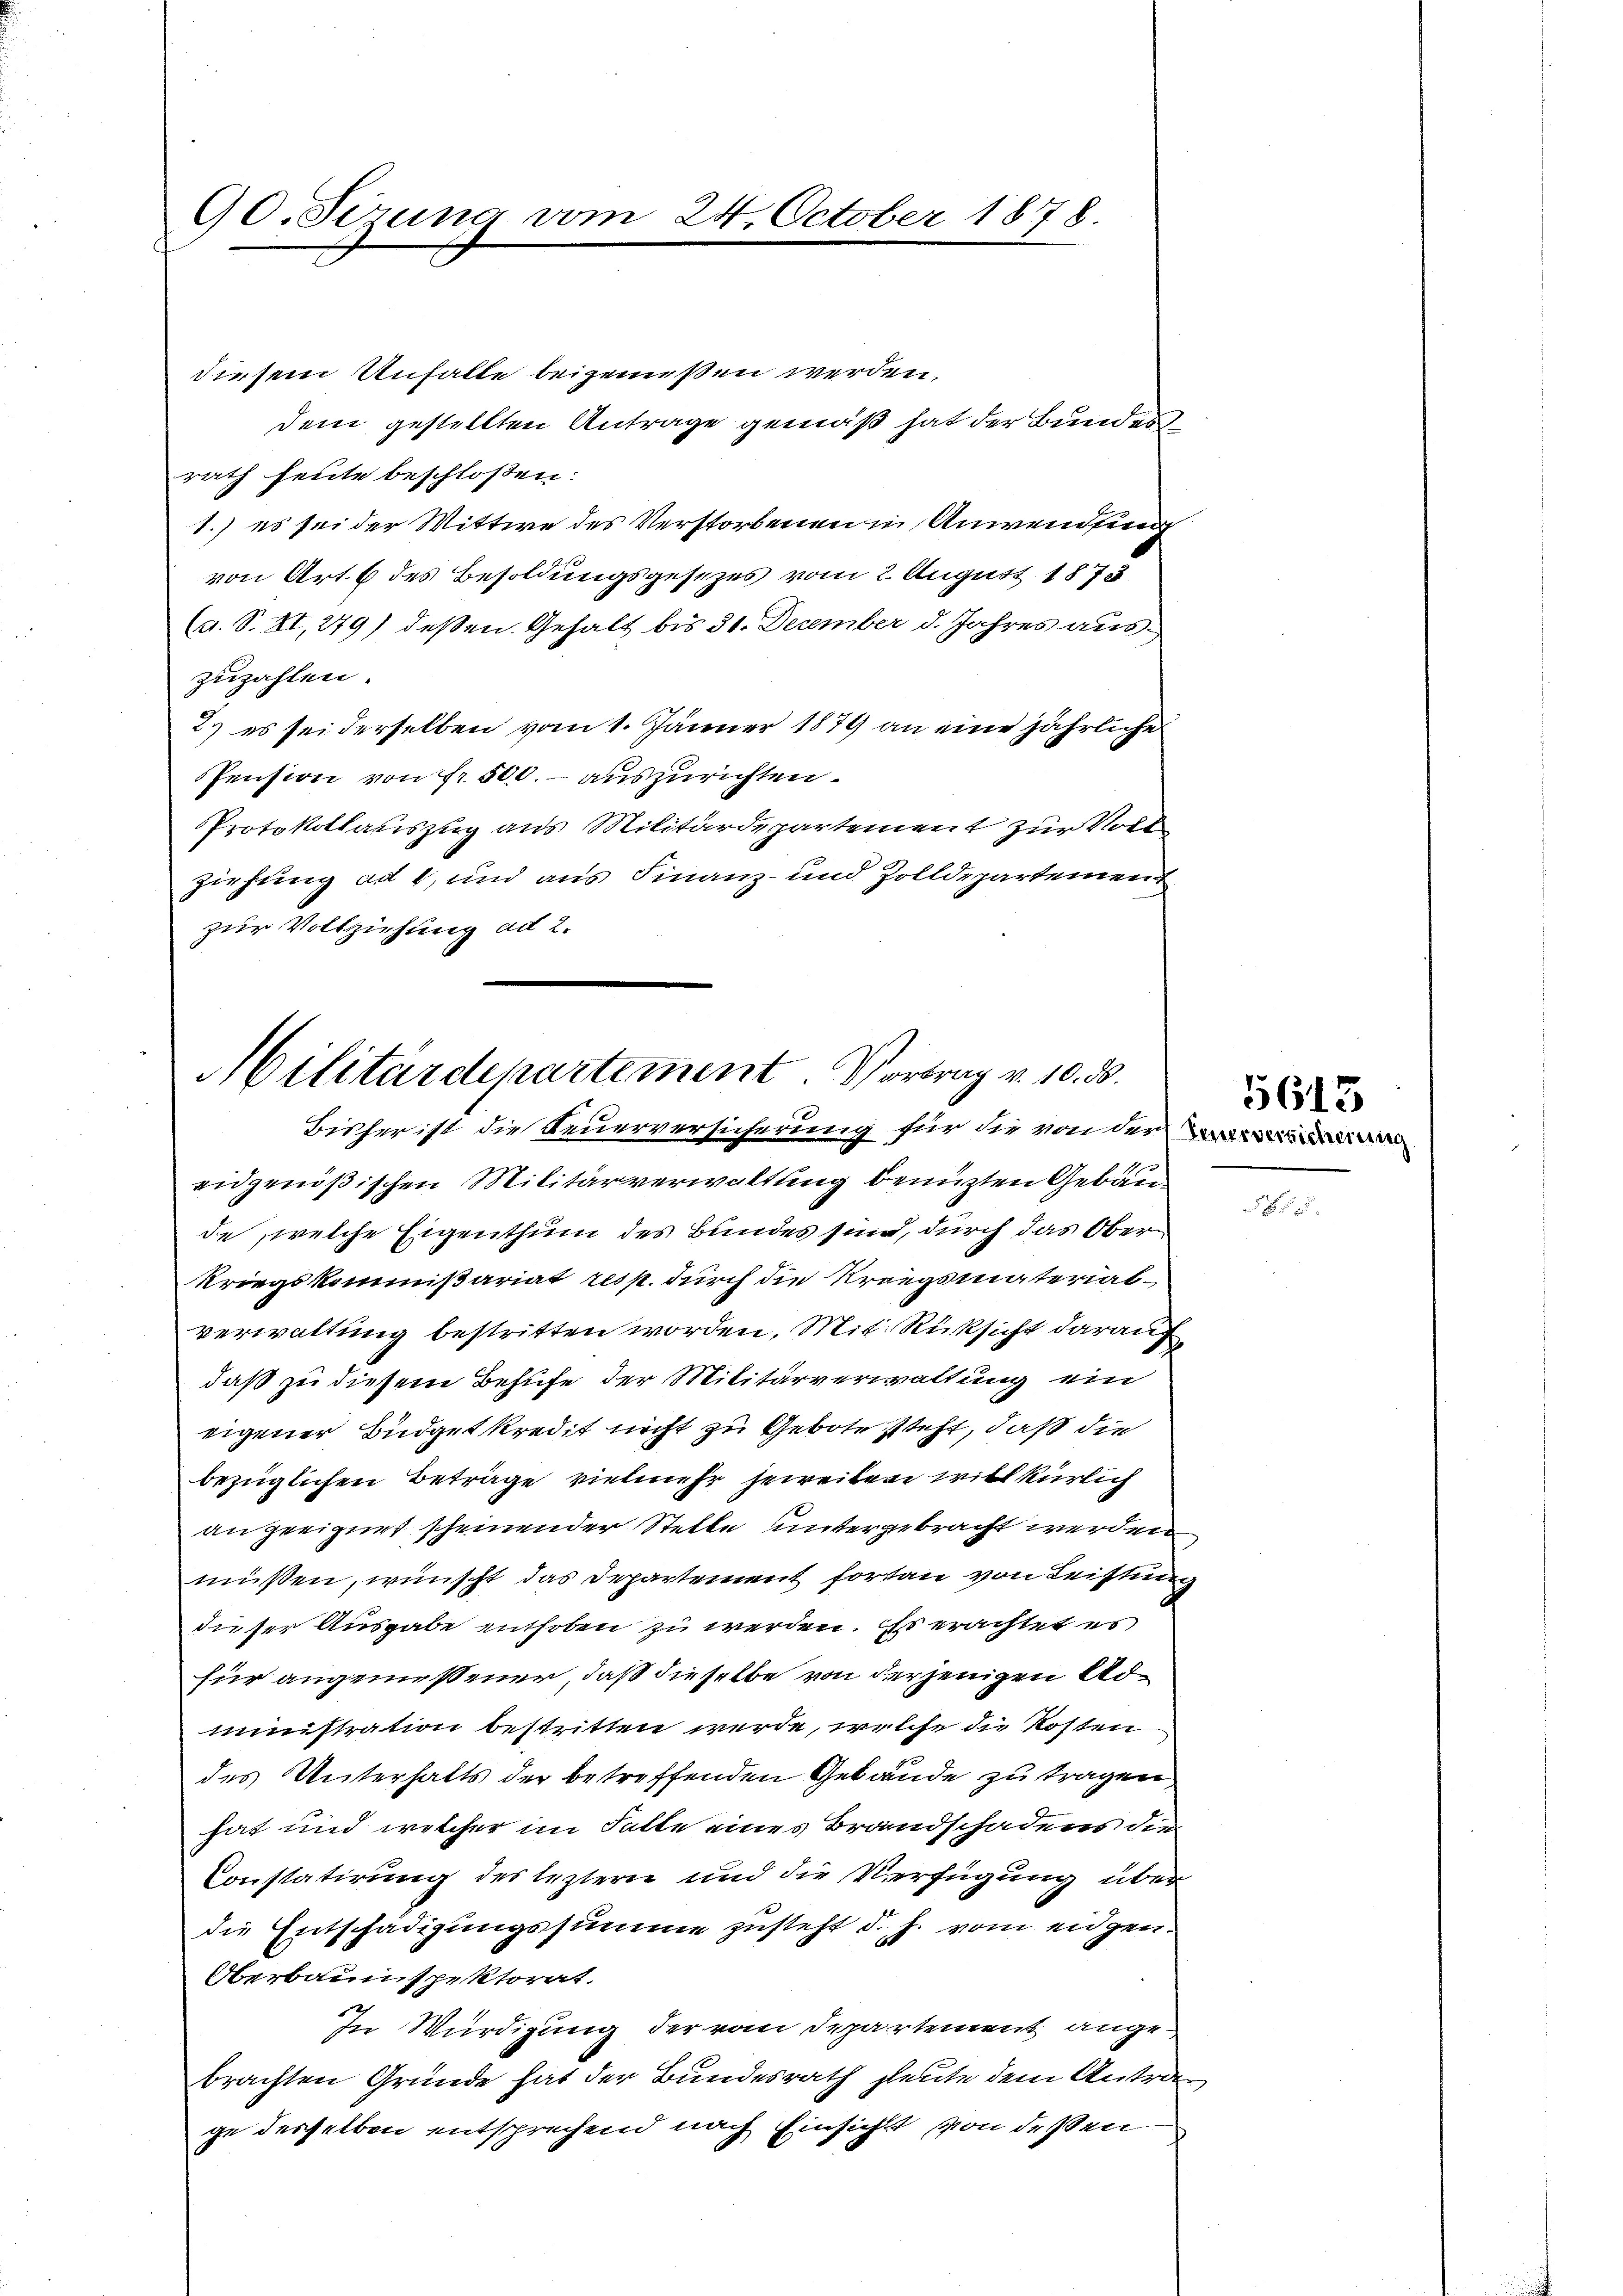
90. Sizung vom 24. October 1878.

diesem Unfalle beigeniessen werden.
dem gestellten Antrage gemäß hat der Bundesrath heute beschloßen:
1.) es sei der Wittwe des Verstorbenen in Anwendung
von Art. 6 des Besoldungsgesezes vom 2. August 1873
(a. S. XI, 279) deßen Gehalt bis 31. December d. Jahres auszuzahlen.
2.) es sei derselben vom 1. Jänner 1879 an eine jährliche
Pension von Fr. 500.- auszurichten.
Protokollauszug aus Militärdepartement zur Voll
ziehung ad 1, und aus Finanz- und Zolldepartemen
zur Vollziehung ad 2.

Militärdepartement. Vortrag v. 10. d.

Bisher ist die Feuerversicherung für die von der
eidgenößischen Militärverwaltung benuzten Gebäude, welche Eigenthum des Bundes sind, durch das Ober¬
Kriegskommißariat resp. durch die Kriegsmaterialverwaltung bestritten worden. Mit Rücksicht darauf
daß zu diesem Behufe der Militärverwaltung ein
eigener Büdgetkredit nicht zu Gebote steht, daß die
bezüglichen Beträge vielmehr bereiten willkürlich
angeeignet scheinender Stelle untergebracht werden
müßen, wünscht das Departement fortan von Leistung
dieser Ausgabe enthoben zu werden. Es erachtet es
für angemessener, daß dieselbe von derjenigen Administration bestritten werde, welche die Kosten
des Unterhalts der betreffenden Gebäude zu tragen,
hat und welcher im Falle eines Brandschadens die
Constatirung des leztern und die Verfügung über
die Entschädigungssumme zusteht d. h. vom eidgen
Oberbauinspektorat.
In Würdigung der vom Departement angebrachten Gründe hat der Bundesrath heute dem Antra
ge desselben entsprechend nach Einsicht von dessen

5613